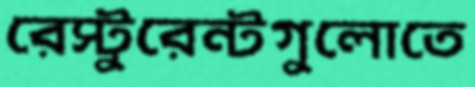
রেস্টুরেন্টগুলোতে